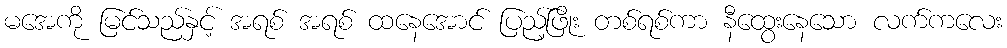
မအေကို မြင်သည်နှင့် အရစ် အရစ် ထနေအောင် ပြည့်ဖြိုး တစ်ရစ်ကာ နီထွေးနေသော လက်ကလေး